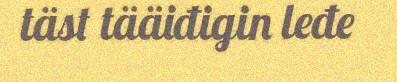
täst tääiđigin leđe